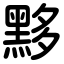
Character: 黟